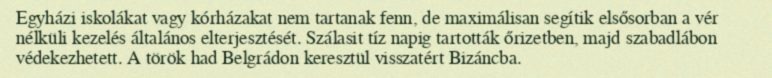
Egyházi iskolákat vagy kórházakat nem tartanak fenn, de maximálisan segítik elsősorban a vér nélküli kezelés általános elterjesztését. Szálasit tíz napig tartották őrizetben, majd szabadlábon védekezhetett. A török had Belgrádon keresztül visszatért Bizáncba.